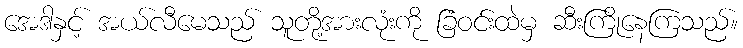
အေဒါနှင့် အယ်လီမေသည် သူတို့အားလုံးကို ခြံဝင်းထဲမှ ဆီးကြိုနေကြသည်။